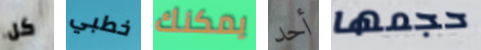
كل خطبي يمكنك أحد حجمها